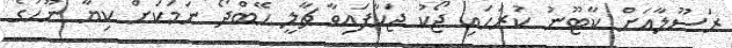
ރަސޫލާއަށް ކާޓޫނު ކުރަހައި ޖޯކު ޖަހާފައިވާ ޗާލީ ހޭބްދޯ ނަމަކަށް ކިޔާ ނޫހުގެ